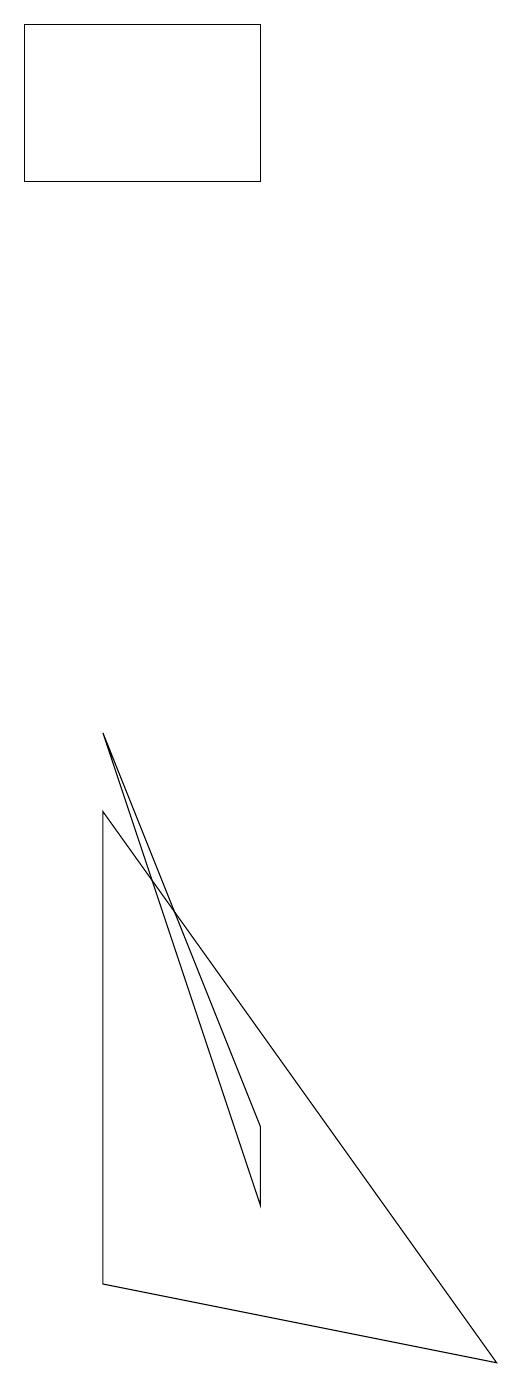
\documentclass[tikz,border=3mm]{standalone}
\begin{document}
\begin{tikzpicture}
\draw (2,1) -- (2,7) -- (7,0) -- cycle;
\draw (4,2) -- (2,8) -- (4,3) -- cycle;
\draw (4,17) rectangle (1,15);
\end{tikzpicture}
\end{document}